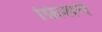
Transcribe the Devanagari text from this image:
फ़िशंग